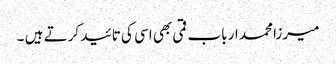
میرزا محمد ارباب قمی بھی اسی کی تائید کرتے ہیں ۔